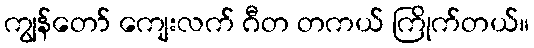
ကျွန်တော် ကျေးလက် ဂီတ တကယ် ကြိုက်တယ်။